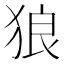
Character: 狼